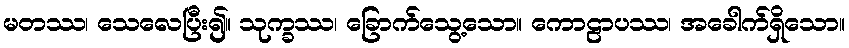
မတဿ၊ သေလေပြီး၍။ သုက္ခဿ၊ ခြောက်သွေ့သော။ ကောဠာပဿ၊ အခေါက်ရှိသော။